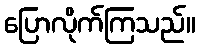
ပြောလိုက်ကြသည်။